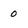
Character: o